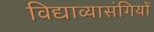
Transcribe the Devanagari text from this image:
विद्याव्यासंगियों